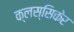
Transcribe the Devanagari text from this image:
क्लस्सिकेर